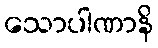
သောပါဏာနိ